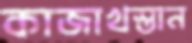
কাজাখস্তান